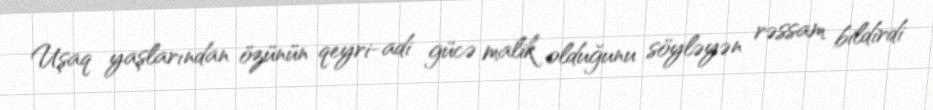
Uşaq yaşlarından özünün qeyri-adi gücə malik olduğunu söyləyən rəssam bildirdi